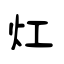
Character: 灴